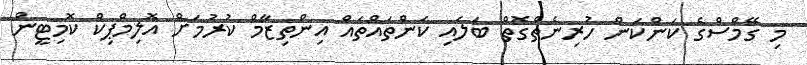
މި ގޭމްސްގެ ކަންކަން ހުރިނެތްގޮތް ބަލައި ކަންތައްތައް އިންތިޒާމް ކުރުމަށް އޮލިމްޕިކް ކޮމިޓީން